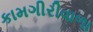
કામગીરીવાળા